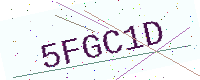
Text: 5FGC1D